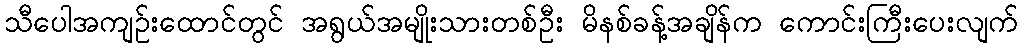
သီပေါအကျဉ်းထောင်တွင် အရွယ်အမျိုးသားတစ်ဦး မိနစ်ခန့်အချိန်က ကောင်းကြီးပေးလျက်